Veterinary regulations India, 1935 -
Year: 1935
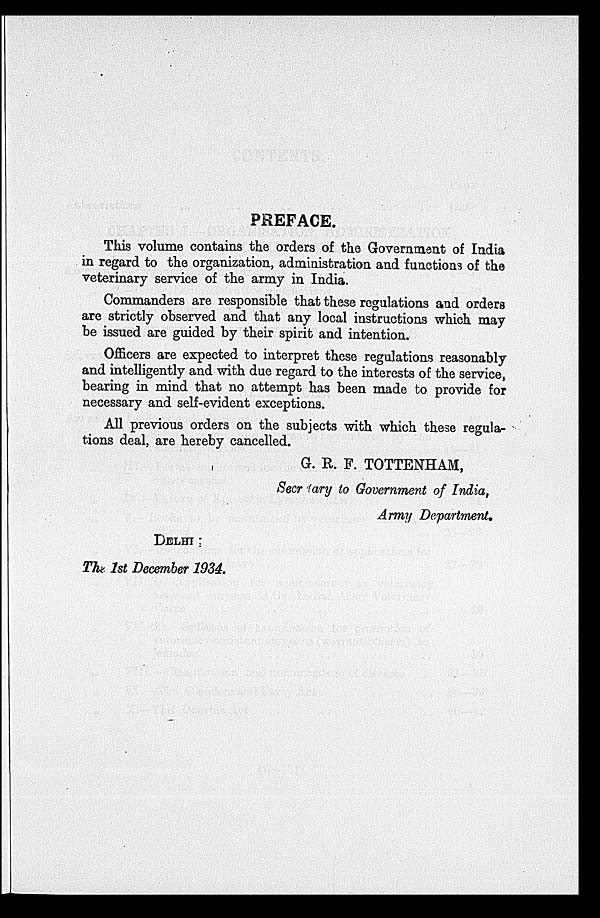
PREFACE.
This volume contains the orders of the Government of India
in regard to the organization, administration and functions of the
veterinary service of the army in India.
Commanders are responsible that these regulations and orders
are strictly observed and that any local instructions which may
be issued are guided by their spirit and intention.
Officers are expected to interpret these regulations reasonably
and intelligently and with due regard to the interests of the service,
bearing in mind that no attempt has been made to provide for
necessary and self-evident exceptions.
All previous orders on the subjects with which these regula-
tions deal, are hereby cancelled.
G. R. F. TOTTENHAM,
Secretary to Government of India,
Army Department.
DELHI
The 1st December 1934.